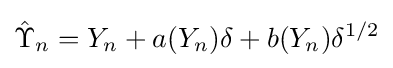
{\hat {\Upsilon }}_{n}=Y_{n}+a(Y_{n})\delta +b(Y_{n})\delta ^{1/2}